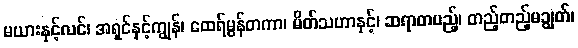
မယားနှင့်လင်၊ အရှင်နှင့်ကျွန်၊ ထေရ်မွန်တကာ၊ မိတ်သဟာနှင့်၊ ဆရာတပည့်၊ တည့်တည့်မချွတ်၊